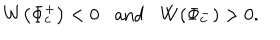
W \! \left( \Phi _ { c } ^ { + } \right) < 0 \mathrm { a n d } W \! \left( \Phi _ { c } ^ { - } \right) > 0 .